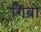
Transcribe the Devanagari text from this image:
गिब्रों